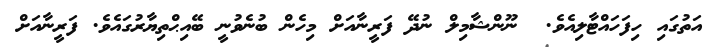
އަތުގައި ހިފަހައްޓާލިއެވެ.  ނޫންޝާމިލް ނުދޭ ފަރީނާއަށް މިހެން ބުނެވުނީ ބޭއިޙްތިޔާރުގައެވެ. ފަރީނާއަށް